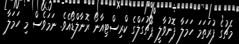
މެޗުގެ ފުރަތަމަ ހަމަލާ ފޮނުވާލީ ޕޯޗުގަލްގެ ކްރިސްޓިއާނޯ ރޮނާލްޑޯއެވެ. ނަމަވެސް މި ހަމަލާ